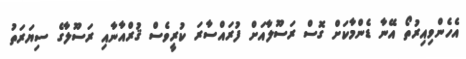
އެހެންވިއިރުތޯ އޭނާ ޑެންމާކަށް ގޮސް ރަސޫލާއަށް ފުރައްސާރަ ކުރީވެސް ޤުރްއާނާއި ރަސޫލާގެ ސިޔަރަތު